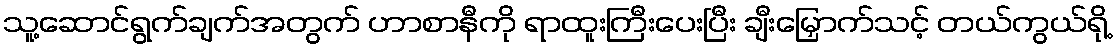
သူ့ဆောင်ရွက်ချက်အတွက် ဟာစာနီကို ရာထူးကြီးပေးပြီး ချီးမြှောက်သင့် တယ်ကွယ်ရို့